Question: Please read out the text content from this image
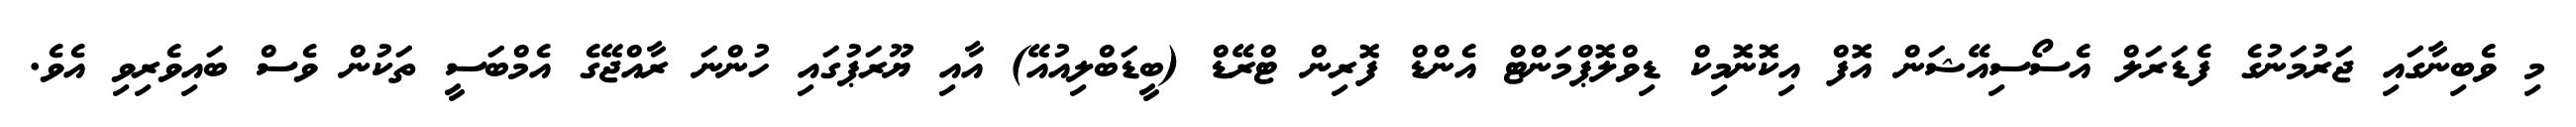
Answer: މި ވެބިނާގައި ޖަރުމަނުގެ ފެޑަރަލް އެސޯސިއޭޝަން އޮފް އިކޮނޮމިކް ޑިވްލޮޕްމަންޓް އެންޑް ފޮރިން ޓްރޭޑް (ބީޑަބްލިއުއޭ) އާއި ޔޫރަޕުގައި ހުންނަ ރާއްޖޭގެ އެމްބަސީ ތަކުން ވެސް ބައިވެރިވި އެވެ.